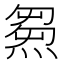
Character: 𤌉